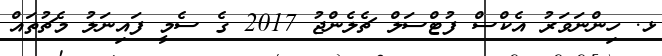
ޅ. ހިންނަވަރު އެކްސް ފުޓްސަލް ޗެލެންޖު 2017 ގެ ސެމީ ފައިނަލު މެޗުތައް